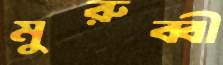
মুরুব্বী